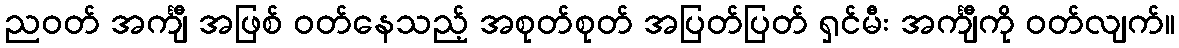
ညဝတ် အင်္ကျီ အဖြစ် ဝတ်နေသည့် အစုတ်စုတ် အပြတ်ပြတ် ရှင်မီး အင်္ကျီကို ဝတ်လျက်။